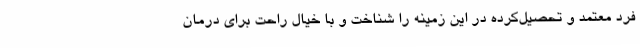
فرد معتمد و تحصیل‌کرده در این زمینه را شناخت و با خیال راحت برای درمان